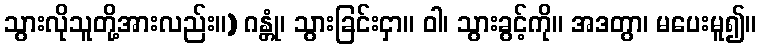
သွားလိုသူတို့အားလည်း။) ဂန္တုံ၊ သွားခြင်းငှာ။ ဝါ၊ သွားခွင့်ကို။ အဒတွာ၊ မပေးမူ၍။